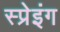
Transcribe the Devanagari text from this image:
स्प्रेइंग